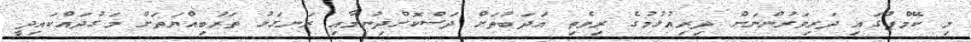
މި ކޭމްޕުގައި ދަރިވަރުންނަށް ދިރިއުޅުމުގެ ރިވެތި އަދަބުތަށް ދަސްކޮށްދިނުމާއި ރަނގަޅު ތަރުބިއްޔަތަށް މަގުދައްކައިދީ